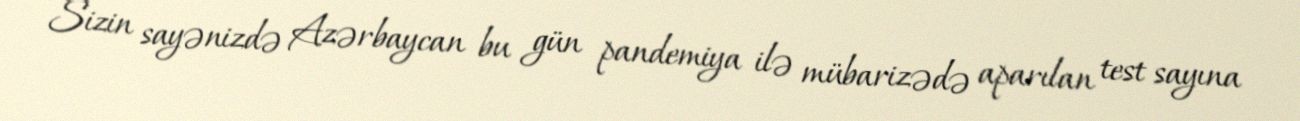
Sizin sayənizdə Azərbaycan bu gün pandemiya ilə mübarizədə aparılan test sayına